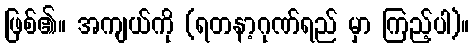
ဖြစ်၏။ အကျယ်ကို (ရတနာ့ဂုဏ်ရည် မှာ ကြည့်ပါ)။